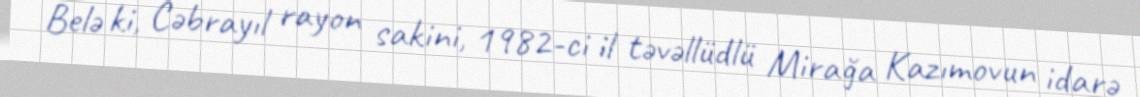
Belə ki, Cəbrayıl rayon sakini, 1982-ci il təvəllüdlü Mirağa Kazımovun idarə